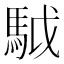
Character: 䮅